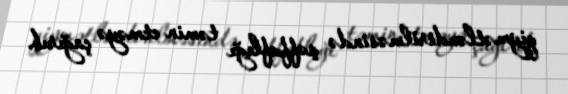
qiymətləndirilməsində şəffaflığı təmin etməyə çağırıb.